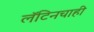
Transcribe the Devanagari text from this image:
लॅटिनचाही